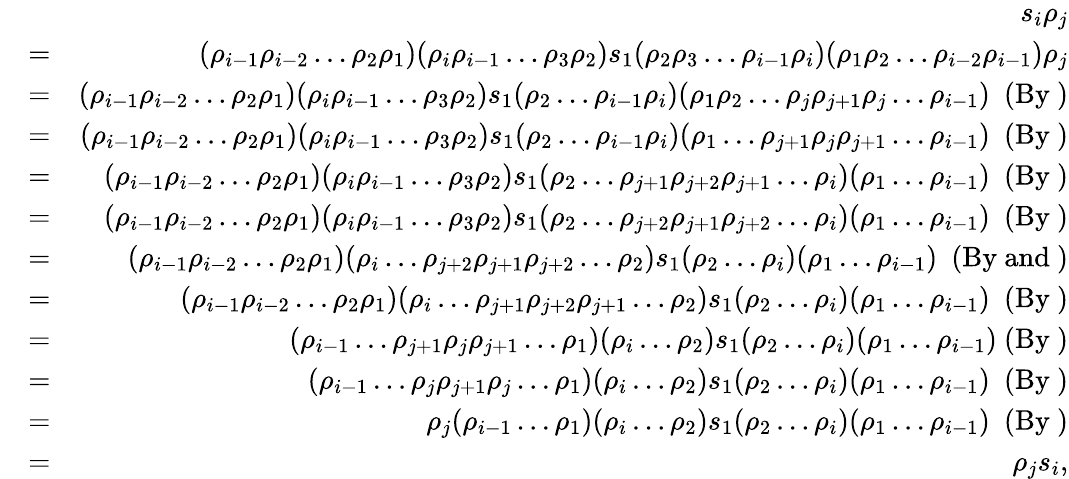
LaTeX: \begin{array}{rlr}&{}&{s_{i}\rho_{j}}\\ &{=}&{(\rho_{i-1}\rho_{i-2}\dots\rho_{2}\rho_{1})(\rho_{i}\rho_{i-1}\dots\rho_{3}\rho_{2})s_{1}(\rho_{2}\rho_{3}\dots\rho_{i-1}\rho_{i})(\rho_{1}\rho_{2}\dots\rho_{i-2}\rho_{i-1})\rho_{j}}\\ &{=}&{(\rho_{i-1}\rho_{i-2}\dots\rho_{2}\rho_{1})(\rho_{i}\rho_{i-1}\dots\rho_{3}\rho_{2})s_{1}(\rho_{2}\dots\rho_{i-1}\rho_{i})(\rho_{1}\rho_{2}\dots\rho_{j}\rho_{j+1}\rho_{j}\dots\rho_{i-1})~\mathrm{~(By~)}}\\ &{=}&{(\rho_{i-1}\rho_{i-2}\dots\rho_{2}\rho_{1})(\rho_{i}\rho_{i-1}\dots\rho_{3}\rho_{2})s_{1}(\rho_{2}\dots\rho_{i-1}\rho_{i})(\rho_{1}\dots\rho_{j+1}\rho_{j}\rho_{j+1}\dots\rho_{i-1})~\mathrm{~(By~)}}\\ &{=}&{(\rho_{i-1}\rho_{i-2}\dots\rho_{2}\rho_{1})(\rho_{i}\rho_{i-1}\dots\rho_{3}\rho_{2})s_{1}(\rho_{2}\dots\rho_{j+1}\rho_{j+2}\rho_{j+1}\dots\rho_{i})(\rho_{1}\dots\rho_{i-1})~\mathrm{~(By~)}}\\ &{=}&{(\rho_{i-1}\rho_{i-2}\dots\rho_{2}\rho_{1})(\rho_{i}\rho_{i-1}\dots\rho_{3}\rho_{2})s_{1}(\rho_{2}\dots\rho_{j+2}\rho_{j+1}\rho_{j+2}\dots\rho_{i})(\rho_{1}\dots\rho_{i-1})~\mathrm{~(By~)}}\\ &{=}&{(\rho_{i-1}\rho_{i-2}\dots\rho_{2}\rho_{1})(\rho_{i}\dots\rho_{j+2}\rho_{j+1}\rho_{j+2}\dots\rho_{2})s_{1}(\rho_{2}\dots\rho_{i})(\rho_{1}\dots\rho_{i-1})~\mathrm{~(By~and~)}}\\ &{=}&{(\rho_{i-1}\rho_{i-2}\dots\rho_{2}\rho_{1})(\rho_{i}\dots\rho_{j+1}\rho_{j+2}\rho_{j+1}\dots\rho_{2})s_{1}(\rho_{2}\dots\rho_{i})(\rho_{1}\dots\rho_{i-1})~\mathrm{~(By~)}}\\ &{=}&{(\rho_{i-1}\dots\rho_{j+1}\rho_{j}\rho_{j+1}\dots\rho_{1})(\rho_{i}\dots\rho_{2})s_{1}(\rho_{2}\dots\rho_{i})(\rho_{1}\dots\rho_{i-1})~\mathrm{(By~)}}\\ &{=}&{(\rho_{i-1}\dots\rho_{j}\rho_{j+1}\rho_{j}\dots\rho_{1})(\rho_{i}\dots\rho_{2})s_{1}(\rho_{2}\dots\rho_{i})(\rho_{1}\dots\rho_{i-1})~\mathrm{~(By~)}}\\ &{=}&{\rho_{j}(\rho_{i-1}\dots\rho_{1})(\rho_{i}\dots\rho_{2})s_{1}(\rho_{2}\dots\rho_{i})(\rho_{1}\dots\rho_{i-1})~\mathrm{~(By~)}}\\ &{=}&{\rho_{j}s_{i},}\end{array}